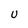
Character: U